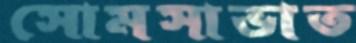
সোমসাভাত